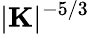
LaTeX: |\mathbf{K}|^{-5/3}